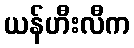
ယန်ဟီးလီက